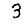
Digit: 3